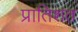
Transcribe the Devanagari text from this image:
प्रातिशत